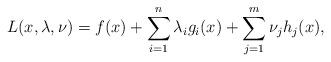
LaTeX: \begin{align*}L(x,\lambda, \nu) = f(x) + \sum_{i=1}^n{\lambda_i g_i(x)} + \sum_{j=1}^m{\nu_j h_j(x)},\end{align*}